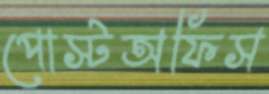
পোস্টঅফিস